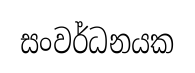
සංවර්ධනයක